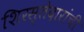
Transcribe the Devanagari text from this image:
शिरस्तेदारांची